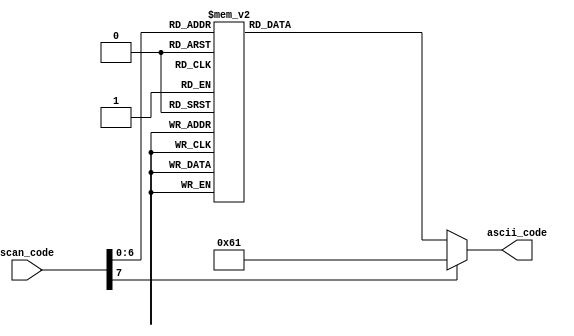
module key2ascii_vga
    (
        input wire [7:0] scan_code,
        output reg [7:0] ascii_code
    );
    
always @*
    begin
        case(scan_code)
            /* We had also done these */
            8'h45: ascii_code = 8'h30;   // 0
            8'h16: ascii_code = 8'h31;   // 1
            8'h1e: ascii_code = 8'h32;   // 2
            8'h26: ascii_code = 8'h33;   // 3
            8'h25: ascii_code = 8'h34;   // 4
            8'h2e: ascii_code = 8'h35;   // 5
            8'h36: ascii_code = 8'h36;   // 6
            8'h3d: ascii_code = 8'h37;   // 7
            8'h3e: ascii_code = 8'h38;   // 8
            8'h46: ascii_code = 8'h39;   // 9
            /* These scan codes are identical to the uppercase ones, obviously. 
            Redoing this would have been pointless, so we took it as-is.*/
            8'h1c: ascii_code = 8'h61;   // a
            8'h32: ascii_code = 8'h62;   // b
            8'h21: ascii_code = 8'h63;   // c
            8'h23: ascii_code = 8'h64;   // d
            8'h24: ascii_code = 8'h65;   // e
            8'h2b: ascii_code = 8'h66;   // f
            8'h34: ascii_code = 8'h67;   // g
            8'h33: ascii_code = 8'h68;   // h
            8'h43: ascii_code = 8'h69;   // i
            8'h3b: ascii_code = 8'h6A;   // j
            8'h42: ascii_code = 8'h6B;   // k
            8'h4b: ascii_code = 8'h6C;   // l
            8'h3a: ascii_code = 8'h6D;   // m
            8'h31: ascii_code = 8'h6E;   // n
            8'h44: ascii_code = 8'h6F;   // o
            8'h4d: ascii_code = 8'h70;   // p
            8'h15: ascii_code = 8'h71;   // q
            8'h2d: ascii_code = 8'h72;   // r
            8'h1b: ascii_code = 8'h73;   // s
            8'h2c: ascii_code = 8'h74;   // t
            8'h3c: ascii_code = 8'h75;   // u
            8'h2a: ascii_code = 8'h76;   // v
            8'h1d: ascii_code = 8'h77;   // w
            8'h22: ascii_code = 8'h78;   // x
            8'h35: ascii_code = 8'h79;   // y
            8'h1a: ascii_code = 8'h7A;   // z
            8'h0e: ascii_code = 8'h60;   // `
            8'h4e: ascii_code = 8'h2D;   // -
            8'h55: ascii_code = 8'h3D;   // =
            8'h54: ascii_code = 8'h5B;   // [
            8'h5b: ascii_code = 8'h5D;   // ]
            8'h5d: ascii_code = 8'h5C;   // \
            8'h4c: ascii_code = 8'h3B;   // ;
            8'h52: ascii_code = 8'h27;   // '
            8'h41: ascii_code = 8'h2C;   // ,
            8'h49: ascii_code = 8'h2E;   // .
            8'h4a: ascii_code = 8'h2F;   // /
            8'h29: ascii_code = 8'h20;   // space
            8'h5a: ascii_code = 8'h0A;   // LF: Return (\n)
            8'h66: ascii_code = 8'h08;   // BS: backspace
            8'h0D: ascii_code = 8'h09;   // TAB: horizontal tab
            /* Again, we added all these to control cursor movement, behavior */
            8'h75: ascii_code = 8'h11;   // DC1: Up Arrow
            8'h6B: ascii_code = 8'h12;   // DC2: Left Arrow
            8'h72: ascii_code = 8'h13;   // DC3: Down Arrow
            8'h74: ascii_code = 8'h14;   // DC4: Right Arrow
            8'h6C: ascii_code = 8'h0D;   // CR: Home (\r)
            8'h7D: ascii_code = 8'h02;   // STX: Page Up
            8'h7A: ascii_code = 8'h03;   // ETX: Page Down
            8'h69: ascii_code = 8'h17;   // ETB: End
            8'h71: ascii_code = 8'h7F;   // DEL: Delete
            8'h70: ascii_code = 8'h1A;   // SUB: Insert
            
            default: ascii_code = 8'h61; // NUL
            //default: ascii_code = 8'h00; // NUL
        endcase
    end
endmodule